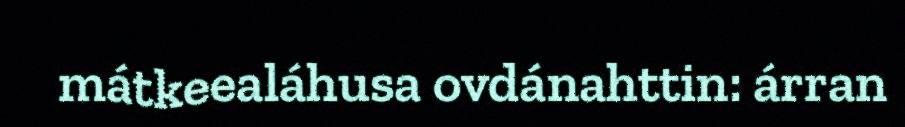
mátkeealáhusa ovdánahttin: árran